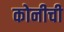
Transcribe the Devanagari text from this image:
कोनीची